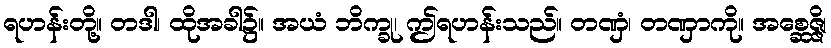
ရဟန်းတို့။ တဒါ၊ ထိုအခါ၌။ အယံ ဘိက္ခု၊ ဤရဟန်းသည်။ တဏှံ၊ တဏှာကို။ အစ္ဆေဇ္ဇိ၊